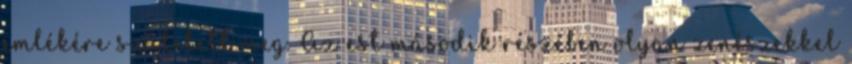
emlékére született meg. Az est második részében olyan zenészekkel